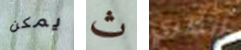
يمكن ث أنظري